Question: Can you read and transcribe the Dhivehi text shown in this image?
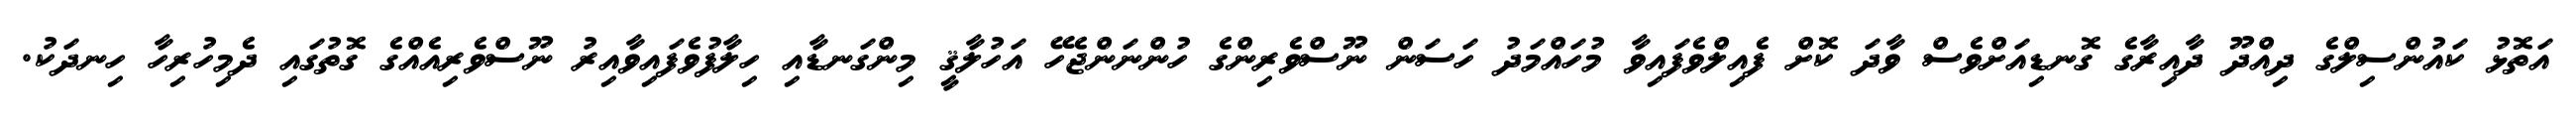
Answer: އަތޮޅު ކައުންސިލްގެ ދިއްދޫ ދާއިރާގެ ގޮނޑިއަށްވެސް ވާދަ ކޮށް ފެއިލްވެފައިވާ މުހައްމަދު ހަސަން ނޫސްވެރިންގެ ހުންނަންޖެހޭ އަހުލާޤީ މިންގަނޑާއި ހިލާފުވެފައިވާއިރު ނޫސްވެރިއެއްގެ ގޮތުގައި ދެމިހުރިހާ ހިނދަކު.